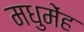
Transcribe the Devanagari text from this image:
मधुमेंह